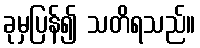
ခုမှပြန်၍ သတိရသည်။